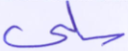
سلبي